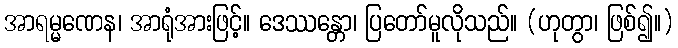
အာရမ္မဏေန၊ အာရုံအားဖြင့်။ ဒေဿန္တော၊ ပြတော်မူလိုသည်။ (ဟုတွာ၊ ဖြစ်၍။)